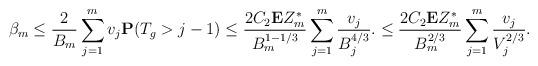
LaTeX: \begin{gather*} \beta_m\leq\frac{2}{B_m}\sum_{j=1}^m v_j\mathbf{P}(T_g>j-1)\le \frac{ 2C_2\mathbf{E}Z^*_m}{B_m^{1-1/3}}\sum_{j=1}^m \frac{v_j}{B_j^{4/3}}.\le \frac{2 C_2\mathbf{E}Z^*_m}{B_m^{2/3}}\sum_{j=1}^m \frac{v_j}{V_j^{2/3}}.\end{gather*}